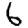
Digit: 6